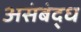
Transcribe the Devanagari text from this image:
असंबंद्ध